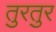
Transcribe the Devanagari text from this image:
तुरतुर